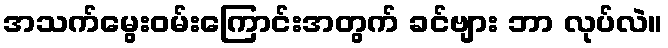
အသက်မွေးဝမ်းကြောင်းအတွက် ခင်ဗျား ဘာ လုပ်လဲ။